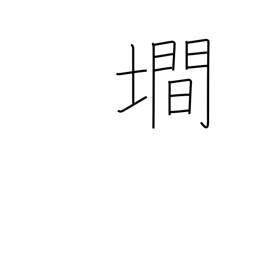
Meaning: steep slope